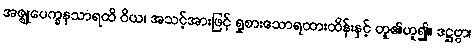
အဇ္ဈုပေက္ခနသာရထိ ဝိယ၊ အသင့်အားဖြင့် ရှုစားသောရထားထိန်းနှင့် တူ၏ဟူ၍။ ဒဋ္ဌဗ္ဗာ၊